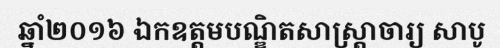
ឆ្នាំ២០១៦ ឯកឧត្តមបណ្ឌិតសាស្ត្រាចារ្យ សាបូ